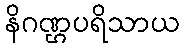
နိဂဏ္ဌပရိသာယ